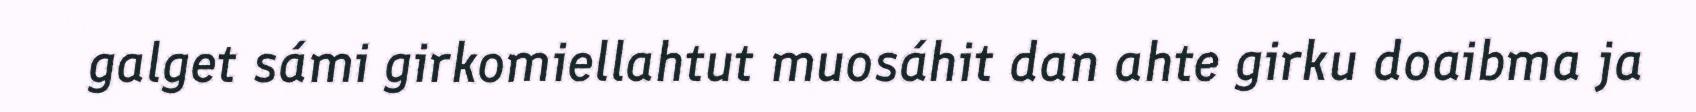
galget sámi girkomiellahtut muosáhit dan ahte girku doaibma ja